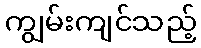
ကျွမ်းကျင်သည့်